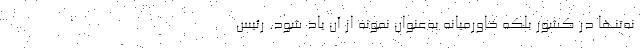
نه‌تنها در کشور بلکه خاورمیانه به‌عنوان نمونه از آن یاد شود. رئیس